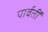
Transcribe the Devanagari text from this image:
पार्वतीं